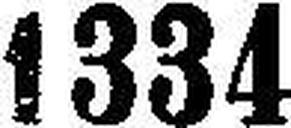
1334